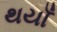
થયાઁ